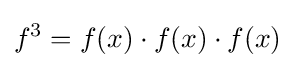
f^{3}=f(x)\cdot f(x)\cdot f(x)